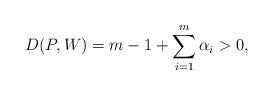
LaTeX: \begin{align*}D(P,W)=m-1+\sum_{i=1}^m \alpha_i>0,\end{align*}